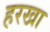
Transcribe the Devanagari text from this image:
हरखा